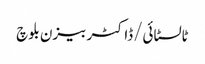
ٹالسٹائی/ڈاکٹر بیزن بلوچ